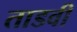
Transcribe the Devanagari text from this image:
ताडवी